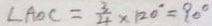
\angle A O C = \frac { 3 } { 4 } \times 1 2 0 ^ { \circ } = 9 0 ^ { \circ }